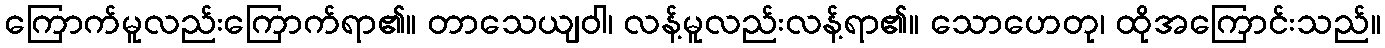
ကြောက်မူလည်းကြောက်ရာ၏။ တာသေယျဝါ၊ လန့်မူလည်းလန့်ရာ၏။ သောဟေတု၊ ထိုအကြောင်းသည်။